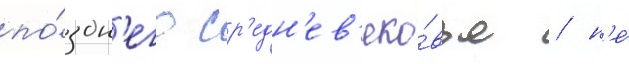
по́здн'его ср'едн'ев'еко́вья / н'е́